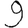
Digit: 9